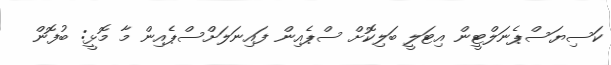
ކަސިޔަސްޕެނަލްޓީން އިޓަލީ ބަލިކޮށް ސްޕެއިން ފައިނަލަށްސްޕެއިން މާ މޮޅީ: ބުފޮން